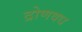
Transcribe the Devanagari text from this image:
द्रोणवध